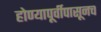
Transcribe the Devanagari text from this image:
होण्यापूर्वीपासूनच